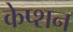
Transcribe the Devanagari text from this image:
केप्‍शन